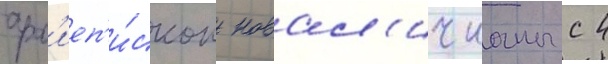
арх'иеп'и́скоп новал'ичианы с 4